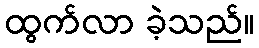
ထွက်လာ ခဲ့သည်။